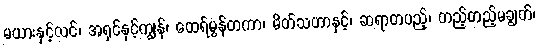
မယားနှင့်လင်၊ အရှင်နှင့်ကျွန်၊ ထေရ်မွန်တကာ၊ မိတ်သဟာနှင့်၊ ဆရာတပည့်၊ တည့်တည့်မချွတ်၊